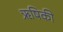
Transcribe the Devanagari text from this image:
ऋषिकी